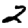
Digit: 2